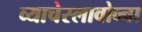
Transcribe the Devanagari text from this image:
व्याचेस्लावोव्ना